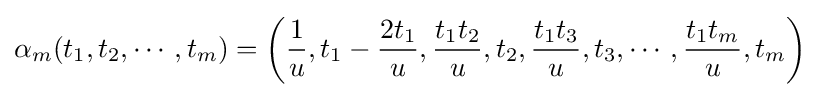
\alpha _{m}(t_{1},t_{2},\cdots ,t_{m})=\left({\frac {1}{u}},t_{1}-{\frac {2t_{1}}{u}},{\frac {t_{1}t_{2}}{u}},t_{2},{\frac {t_{1}t_{3}}{u}},t_{3},\cdots ,{\frac {t_{1}t_{m}}{u}},t_{m}\right)